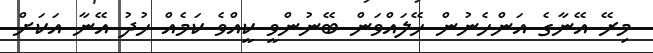
މިރޭ އޭނާގެ އަންހެނުން ހޭލައްވަން ބޭނުންވީ ކީއްވެ ކަމެއް ހުދު އޭނާ އަކަށް